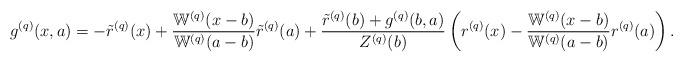
LaTeX: \begin{align*} g^{(q)}(x,a)&=-\tilde{r}^{(q)}(x)+\frac{\mathbb{W}^{(q)}(x-b)}{\mathbb{W}^{(q)}(a-b)}\tilde{r}^{(q)}(a) +\frac {\tilde{r}^{(q)}(b)+g^{(q)}(b,a)} {Z^{(q)}(b)} \left(r^{(q)}(x)-\frac{\mathbb{W}^{(q)}(x-b)}{\mathbb{W}^{(q)}(a-b)} r^{(q)}(a)\right).\end{align*}